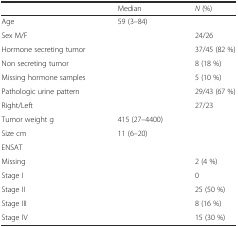
|  | Median | N (%) |
 | --- | --- | --- |
 | Age | 59 (3–84) |  |
 | Sex M/F |  | 24/26 |
 | Hormone secreting tumor |  | 37/45 (82 %) |
 | Non secreting tumor |  | 8 (18 %) |
 | Missing hormone samples |  | 5 (10 %) |
 | Pathologic urine pattern |  | 29/43 (67 %) |
 | Right/Left |  | 27/23 |
 | Tumor weight g | 415 (27–4400) |  |
 | Size cm | 11 (6–20) |  |
 | ENSAT |  |  |
 | Missing |  | 2 (4 %) |
 | Stage I |  | 0 |
 | Stage II |  | 25 (50 %) |
 | Stage III |  | 8 (16 %) |
 | Stage IV |  | 15 (30 %) |